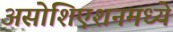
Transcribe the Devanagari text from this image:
असोशिएशनमध्ये